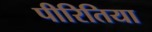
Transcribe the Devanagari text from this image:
पीरितिया